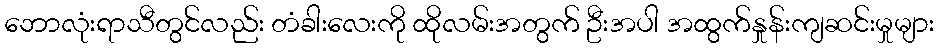
ဘောလုံးရာသီတွင်လည်း တံခါးလေးကို ထိုလမ်းအတွက် ဦးအပါ အထွက်နှုန်းကျဆင်းမှုများ